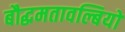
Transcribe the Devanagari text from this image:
बौद्धमतावल्बियों